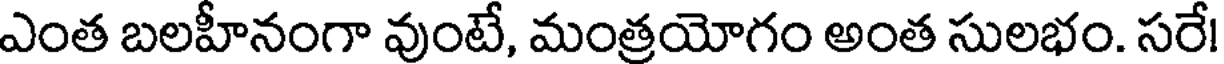
ఎంత బలహీనంగా వుంటే, మంత్రయోగం అంత సులభం. సరే